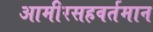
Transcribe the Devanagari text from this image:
आमीरसहवर्तमान